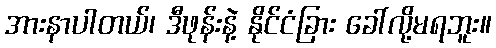
အားနာပါတယ်၊ ဒီဖုန်းနဲ့ နိုင်ငံခြား ခေါ်လို့မရဘူး။